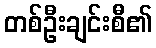
တစ်ဦးချင်းစီ၏